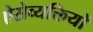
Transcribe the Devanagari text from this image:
ऐसेव्यक्तियों